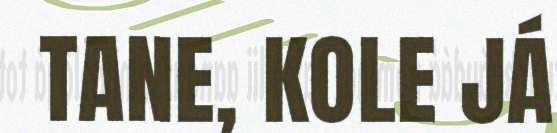
TANE, KOLE JÁ